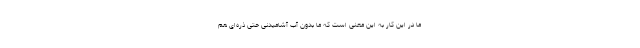
ما در این کار به این معنی است که ما بدون آب آشامیدنی حتی ذره‌ای هم